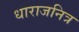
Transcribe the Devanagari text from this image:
धाराजनित्र